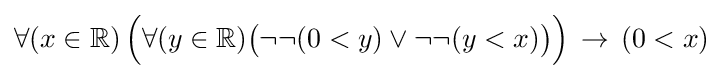
\forall (x\in \mathbb {R} )\,{\Big (}\forall (y\in \mathbb {R} ){\big (}\neg \neg (0<y)\lor \neg \neg (y<x){\big )}{\Big )}\,\to \,(0<x)